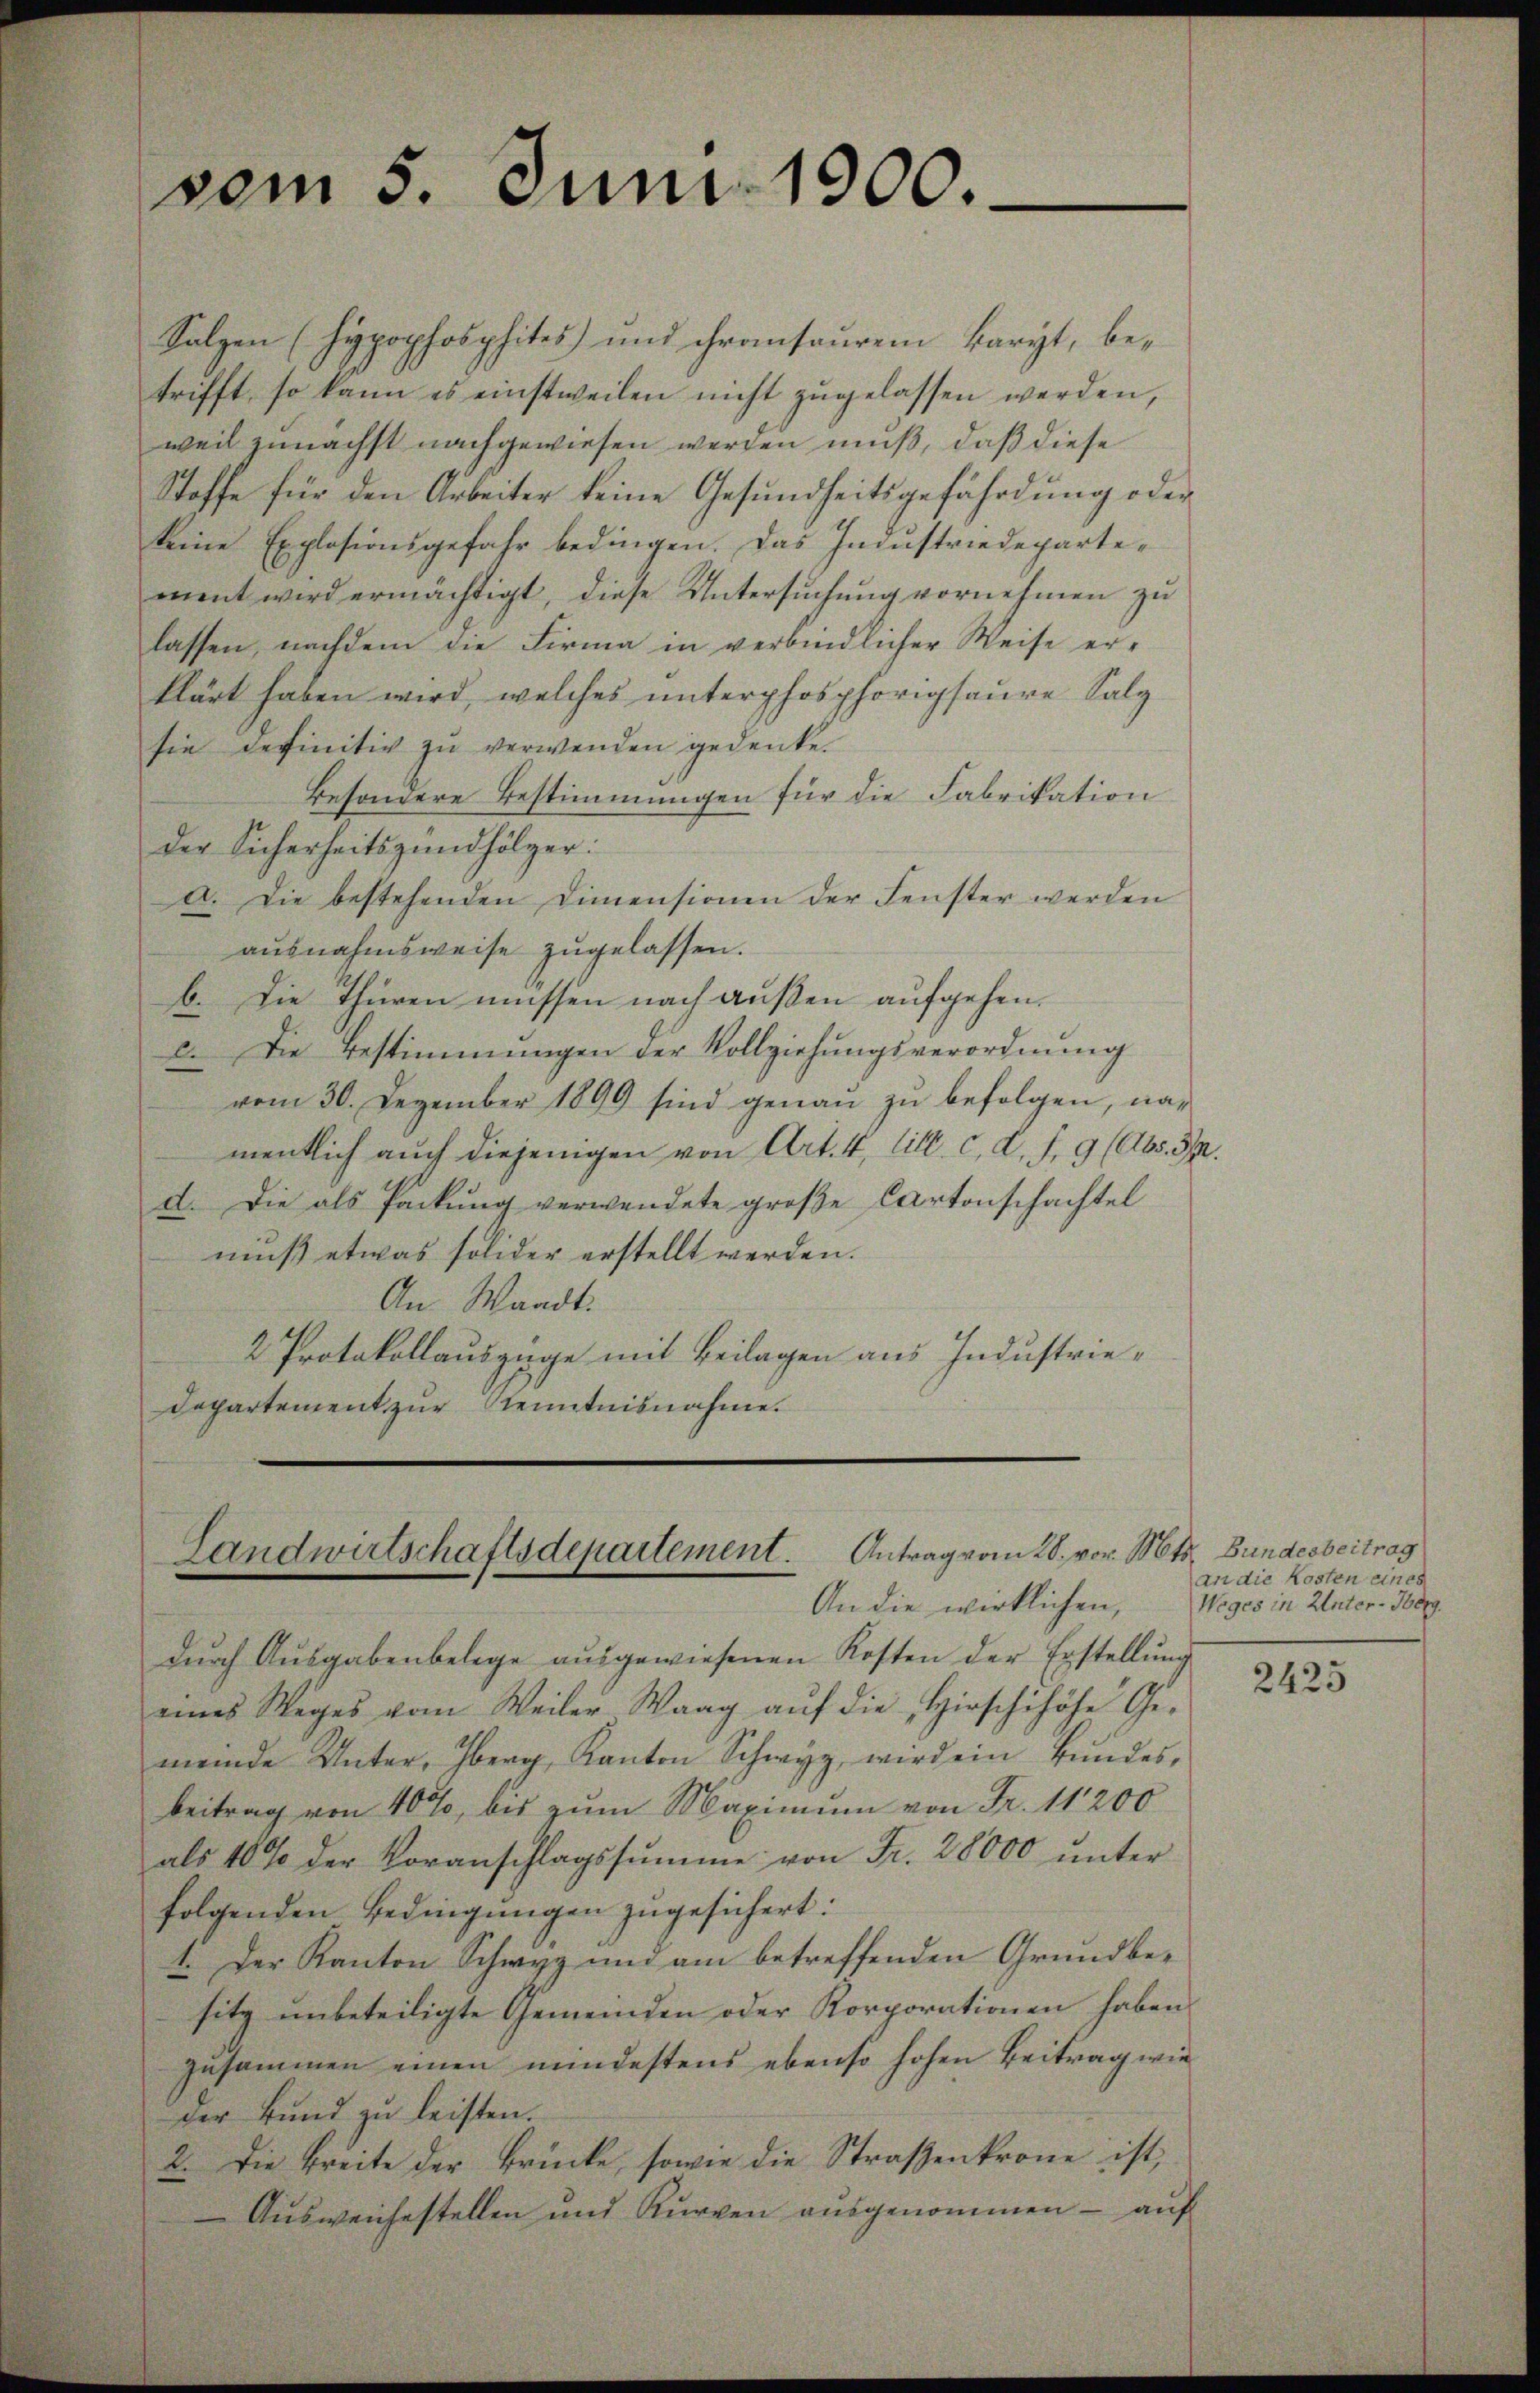
vom 5. Juni 1900.

Salzen (Hypophosphites und chransauren Baryt, betrifft, so kann es einstweilen nicht zugelassen werden,
weil zunächst nachgewiesen werden muß, daß diese
Stoffe für den Arbeiter keine Gesundheitsgefährdung oder
keine Explosionsgefahr bedingen. Das Industriedepartement wird ermächtigt, diese Untersuchung vornehmen zu
lassen, nachdem die Firma in verbindlicher Weise er-
klärt haben wird, welches unterphosphorigsaure Salz
sie definitiv zu verwenden gedenke.
Besondere Bestimmungen für die Fabrikation
Der Sicherheitszundhölzer:
a. Die bestehenden Dimensionen der Fenster werden
ausnahmsweise zugelassen.
b. Die Thüren müssen nach außen aufgehen.
c. Die Bestimmungen der Vollziehungsverordnung
vom 30. Dezember 1899 sind genaŭ zŭ befolgen, namentlich auch diejenigen von Art. 4, litt. c. d. d. 9 (Abs. 3.
d. Die als Packung verwendete große Cartonschachtel
muß etwas solider erstellt werden.
An Waadt.
2 Protokollauszüge mit Beilagen aus Industrie¬
Departement zur Kenntnisnahme.

Landwirtschaftsdepartement. Antrag vom 28. vor. Mts. Bundesbeitrag
An die wirklichen,

dŭrch Aŭsgabenbelege aŭsgewiesenen Kosten der Erstellŭng
eines Weges vom Weiler Waag aŭf die Hirschihöhe Ge-
meinde Unter, Oberg, Kanton Schwyz, wird ein Bundes,
beitrag von 40%, bis zum Maximum von Fr. 11200
als 10% der Voranschlagssumme von Fr. 28000 ŭnter
folgenden Bedingungen zugesichert:
1. Der Kanton Schwyz und am betreffenden Grundbesitz unbeteiligte Gemeinden oder Korporationen haben
zusammen einen mindestens ebenso hohen Beitrag wie
der Bund zŭ leisten.
2. Die Breite der Brücke, sowie die Straßenkrone ist,
Ausweichestellen und Kurven ausgenommen - auf

an die Kosten eines
Weges in Unter-Horg

2425